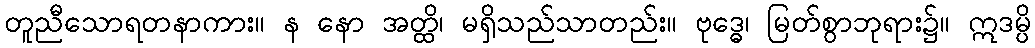
တူညီသောရတနာကား။ န နော အတ္ထိ၊ မရှိသည်သာတည်း။ ဗုဒ္ဓေ၊ မြတ်စွာဘုရား၌။ ဣဒမ္ပိ